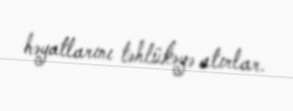
həyatlarını təhlükəyə atırlar.